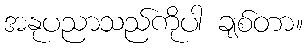
အနုပညာသည်ကိုပါ ချစ်တာ။